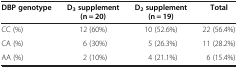
<table><thead><tr><td><b>DBP genotype</b></td><td><b>D<sub>3 </sub>supplement (n = 20)</b></td><td><b>D<sub>2 </sub>supplement (n = 19)</b></td><td><b>Total</b></td></tr></thead><tbody><tr><td>CC (%)</td><td>12 (60%)</td><td>10 (52.6%)</td><td>22 (56.4%)</td></tr><tr><td>CA (%)</td><td>6 (30%)</td><td>5 (26.3%)</td><td>11 (28.2%)</td></tr><tr><td>AA (%)</td><td>2 (10%)</td><td>4 (21.1%)</td><td>6 (15.4%)</td></tr></tbody></table>